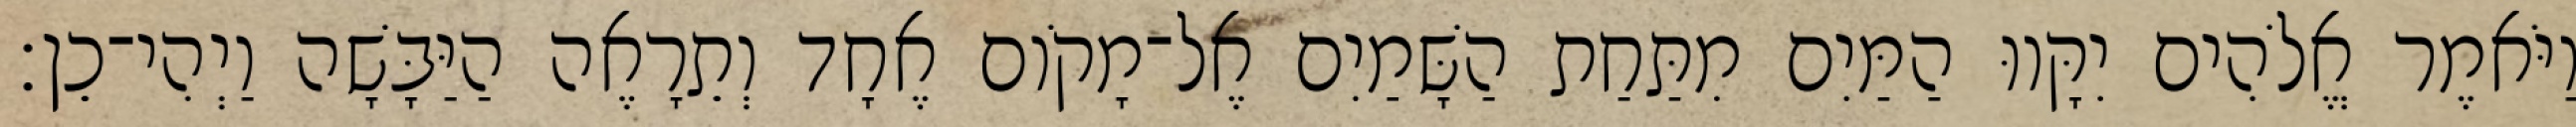
וַיֹּאמֶר אֱלֹהִים יִקָּווּ הַמַּיִם מִתַּחַת הַשָּׁמַיִם אֶל־מָקֹום אֶחָד וְתֵרָאֶה הַיַּבָּשָׁה וַיְהִי־כֵן׃